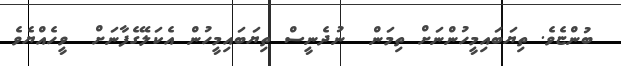
ބުންޏެވެ. ތިޔަބައިމީހުންނަށް ތިމަން  ނުދެނީސް ތިޔަބައިމީހުން އެކަލޭގެފާނަށް  ވީހެއްޔެވެ